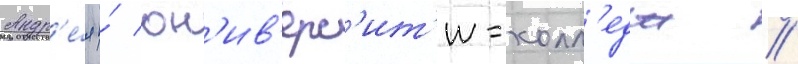
Андр'е́я и́ юн'ив'ерс'ит'и-колл'едж //